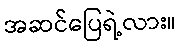
အဆင်ပြေရဲ့လား။